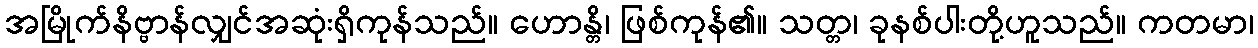
အမြိုက်နိဗ္ဗာန်လျှင်အဆုံးရှိကုန်သည်။ ဟောန္တိ၊ ဖြစ်ကုန်၏။ သတ္တ၊ ခုနစ်ပါးတို့ဟူသည်။ ကတမာ၊